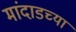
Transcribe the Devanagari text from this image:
मांदाडच्या